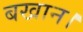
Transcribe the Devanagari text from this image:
बखान।